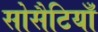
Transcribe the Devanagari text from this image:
सोसैटियाँ